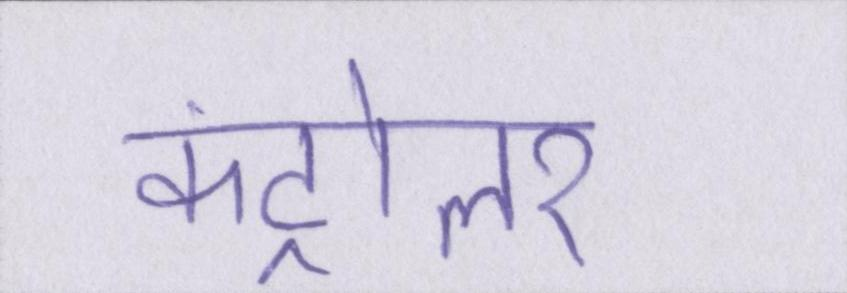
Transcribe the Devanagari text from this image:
कंट्रोलर